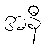
အနီ